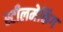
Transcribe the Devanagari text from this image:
स्टीलमेकिंग